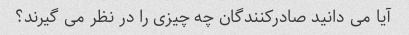
آیا می دانید صادرکنندگان چه چیزی را در نظر می گیرند؟